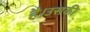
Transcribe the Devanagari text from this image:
है।उसकी